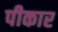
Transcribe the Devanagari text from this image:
पीकार